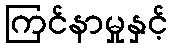
ကြင်နာမှုနှင့်